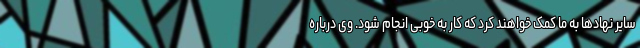
سایر نهادها به ما کمک خواهند کرد که کار به خوبی انجام شود. وی درباره